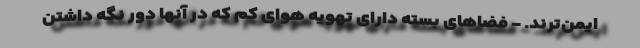
ایمن‌ترند. - فضاهای بسته دارای تهویه هوای کم که در آنها دور نگه داشتن